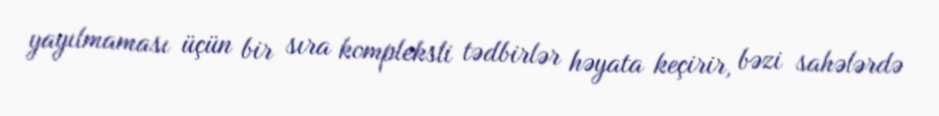
yayılmaması üçün bir sıra kompleksli tədbirlər həyata keçirir, bəzi sahələrdə